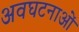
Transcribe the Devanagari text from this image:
अवघटनाओं